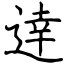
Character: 逹